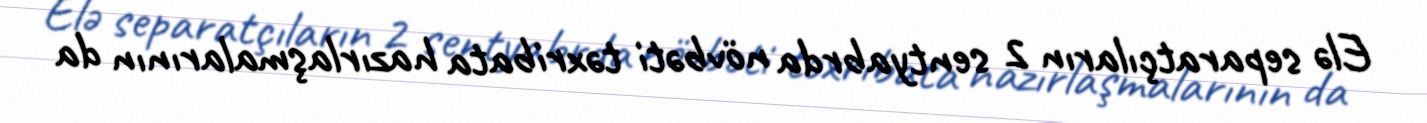
Elə separatçıların 2 sentyabrda növbəti təxribata hazırlaşmalarının da